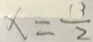
x = \frac { 1 3 } { 2 }